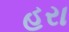
હરા